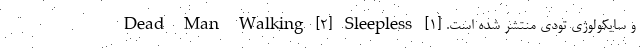
و سایکولوژی تودی منتشر شده است. [۱] Dead Man Walking [۲] Sleepless